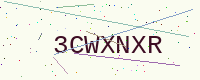
Text: 3CWXNXR